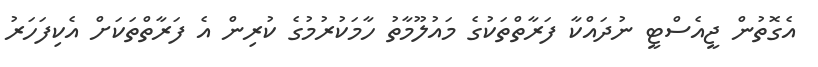
އެގޮތުން ޖީއެސްޓީ ނުދައްކާ ފަރާތްތަކުގެ މައުލޫމާތު ހާމަކުރުމުގެ ކުރިން އެ ފަރާތްތަކަށް އެކިފަހަރު